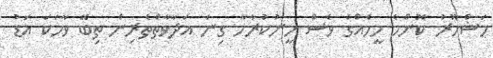
މަޝްހޫރު ކޮންމެ މީހެއްގެ ވެސް ހީނުކުރާހާ ގިނަ އަދާވާތްތެރިން ތިބޭ ވާހަކަ އަޑު